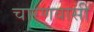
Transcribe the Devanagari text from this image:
चारणवासी